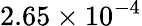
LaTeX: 2.65\times 10^{-4}